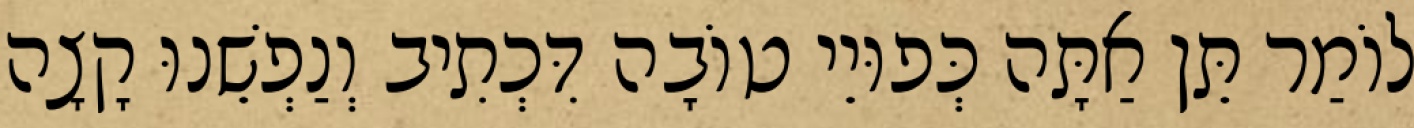
לוֹמַר תֵּן אַתָּה כְּפוּיֵי טוֹבָה דִּכְתִיב וְנַפְשֵׁנוּ קָצָה